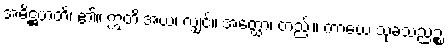
အဓိဋ္ဌဟတိ၊ ၏။ ဣတိ အယံ၊ လျှင်။ အတ္ထော၊ တည်း။ ကာယေ သုခသညဉ္စ